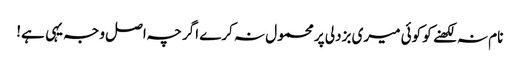
نام نہ لکھنے کو کوئی میری بزدلی پر محمول نہ کرے اگرچہ اصل وجہ یہی ہے!